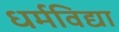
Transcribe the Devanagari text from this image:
धर्मविद्या